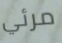
مرئي